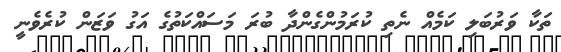
ތަކާ ވަރުބަލި ކަމެއް ނެތި ކުރަމުންގެންދާ ބުރަ މަސައްކަތުގެ އަގު ވަޒަން ކުރެވެނީ